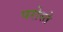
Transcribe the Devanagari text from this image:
परोस्ते